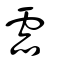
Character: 霝